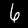
Label: 6